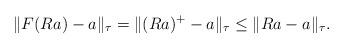
LaTeX: \begin{gather*}\|F(Ra)-a\|_\tau=\|(Ra)^+-a\|_\tau \leq \|Ra-a\|_\tau.\end{gather*}